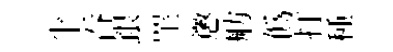
半吞銀罣懲舫僞打種